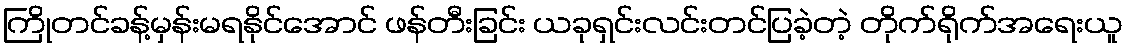
ကြိုတင်ခန့်မှန်းမရနိုင်အောင် ဖန်တီးခြင်း ယခုရှင်းလင်းတင်ပြခဲ့တဲ့ တိုက်ရိုက်အရေးယူ